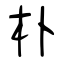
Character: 朴